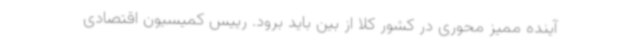
آینده ممیز محوری در کشور کلا از بین باید برود. رییس کمیسیون اقتصادی